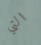
التي